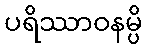
ပရိဿာဝနမ္ပိ